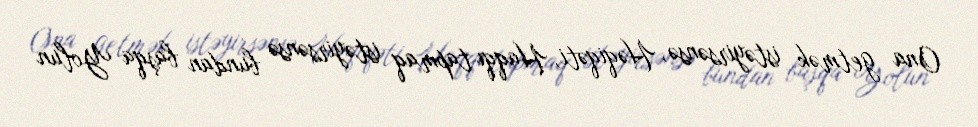
Ona getmək istəyirsənsə, Həqiqəti, Haqqı tapmaq istəyirsənsə bundan başqa Yolun